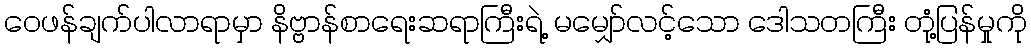
ဝေဖန်ချက်ပါလာရာမှာ နိဗ္ဗာန်စာရေးဆရာကြီးရဲ့ မမျှော်လင့်သော ဒေါသတကြီး တုံ့ပြန်မှုကို